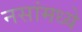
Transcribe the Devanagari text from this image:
नसांमध्ये